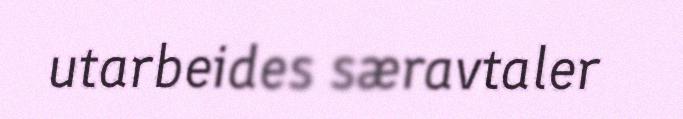
utarbeides særavtaler